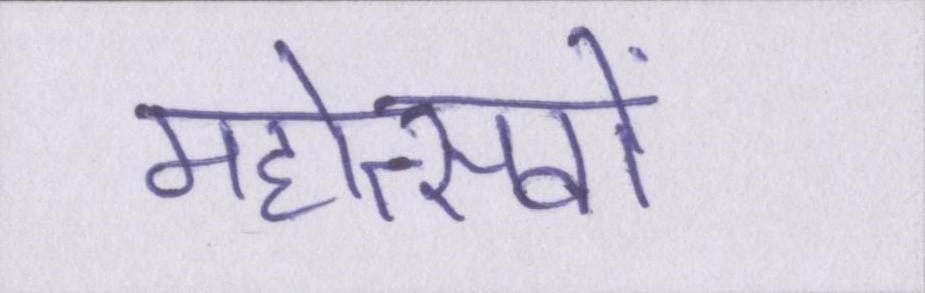
महोत्सवों